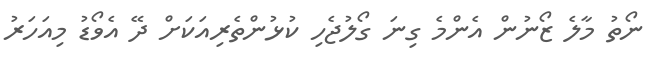
ނޯތު މާލެ ޒޯނުން އެންމެ ގިނަ ގޯލުޖެހި ކުޅުންތެރިއަކަށް ދޭ އެވޯޑު މިއަހަރު